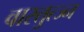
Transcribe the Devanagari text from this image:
वास्तुत्ज्न